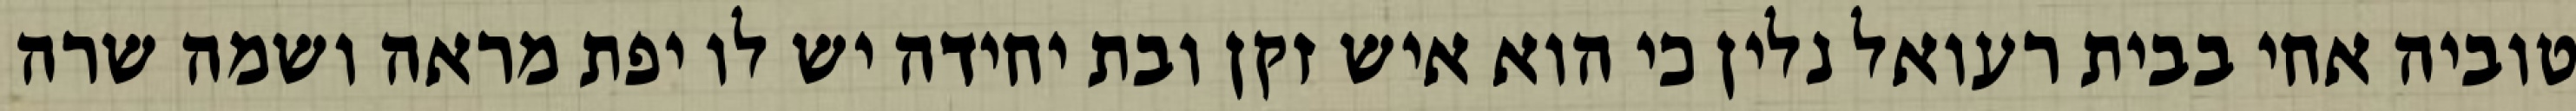
טוביה אחי בבית רעואל נלין כי הוא איש זקן ובת יחידה יש לו יפת מראה ושמה שרה